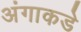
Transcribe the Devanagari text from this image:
अंगाकडे